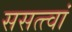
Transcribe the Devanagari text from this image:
ससत्त्वां